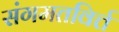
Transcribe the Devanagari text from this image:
संगमतविर्त्त